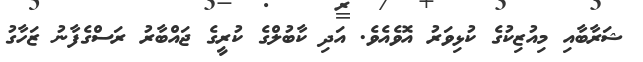
ޝަރާބާއި މިއުޒިކުގެ ކުޅިވަރު އޮވެއެވެ. އަދި ކާބުލްގެ ކުރީގެ ޖައްބާރު ރަސްގެފާނު ޒަހާގު